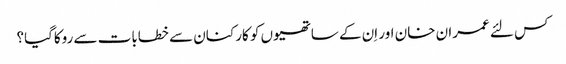
کس لئے عمران خان اور اِن کے ساتھیوں کو کارکنان سے خطابات سے روکاگیا؟